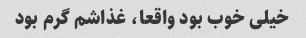
خیلی خوب بود واقعا، غذاشم گرم بود